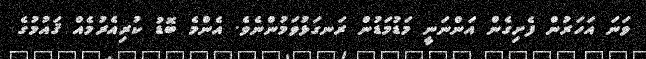
ވަނަ އަހަރުން ފެށިގެން އަންނަނީ މަޑުމަޑުން ރަނގަޅުވަމުންނެވެ. އެންމެ ބޮޑު ކުރިއެރުމެއް ޤައުމުގެ